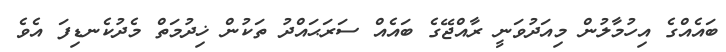
ބައެއްގެ އިހުމާލުން މިއަދުވަނީ ރާއްޖޭގެ ބައެއް ސަރަޙައްދު ތަކުން ޚިދުމަތް މެދުކެނޑިފަ އެވެ